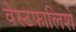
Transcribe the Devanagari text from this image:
वेस्टफालिशे